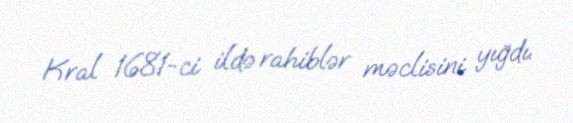
Kral 1681-ci ildə rahiblər məclisini yığdı.